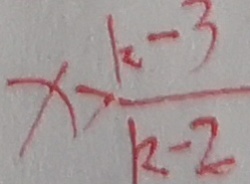
x > \frac { k - 3 } { k - 2 }